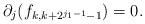
LaTeX: \begin{align*}\partial_j(f_{k,k+2^{j_1-1}-1})=0.\end{align*}